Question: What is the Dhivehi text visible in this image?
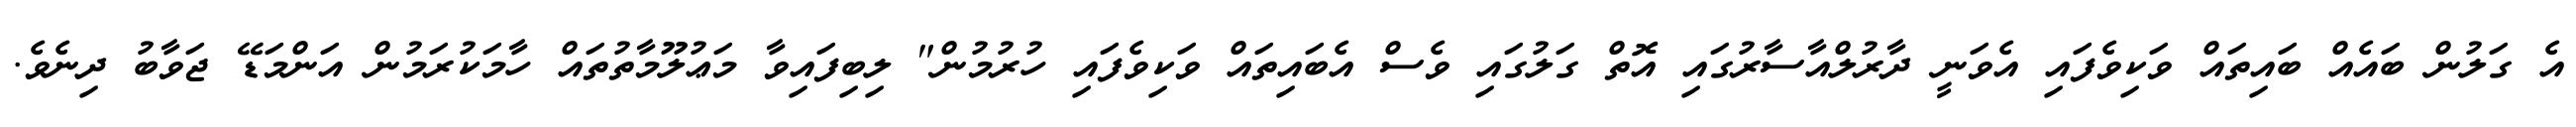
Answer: އެ ގަލުން ބައެއް ބައިތައް ވަކިވެފައި އެވަނީ ދާރުލްއާސާރުގައި އޮތް ގަލުގައި ވެސް އެބައިތައް ވަކިވެފައި ހުރުމުން" ލިބިފައިވާ މަޢުލޫމާތުތައް ހާމަކުރަމުން އަންމަޑޭ ޖަވާބު ދިނެވެ.